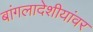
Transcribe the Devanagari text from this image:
बांगलादेशीयांवर